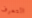
التعرف